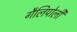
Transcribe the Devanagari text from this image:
गैलिपोली